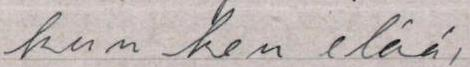
kun ken elää,